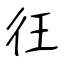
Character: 彺